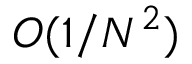
O ( 1 / N ^ { 2 } )